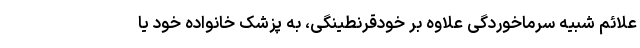
علائم شبیه سرماخوردگی علاوه بر خودقرنطینگی، به پزشک خانواده خود یا